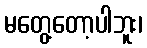
မတွေ့တော့ပါဘူး၊